Civil Veterinary Dept. North-West Frontier Province 1923-32 - 1923-1932
Year: 1923
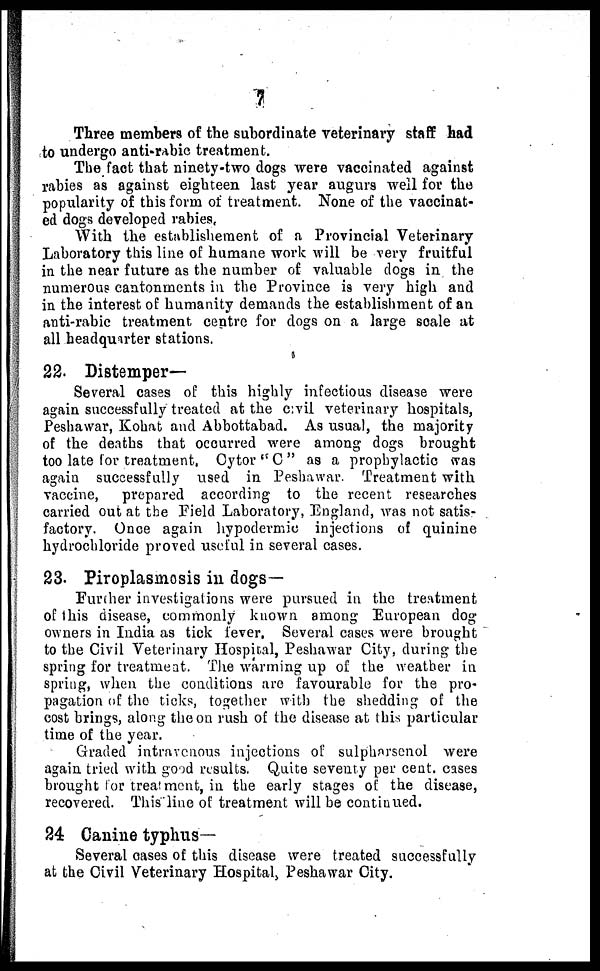
7
Three members of the subordinate veterinary staff had
to undergo anti-rabic treatment.
The fact that ninety-two dogs were vaccinated against
rabies as against eighteen last year augurs well for the
popularity of this form of treatment. None of the vaccinat-
ed dogs developed rabies,
With the establishement of a Provincial Veterinary
Laboratory this line of humane work will be very fruitful
in the near future as the number of valuable dogs in the
numerous cantonments in the Province is very high and
in the interest of humanity demands the establishment of an
anti-rabic treatment centre for dogs on a large scale at
all headquarter stations.
22. Distemper—
Several cases of this highly infectious disease were
again successfully treated at the civil veterinary hospitals,
Peshawar, Kohat and Abbottabad. As usual, the majority
of the deaths that occurred were among dogs brought
too late for treatment, Cytor " C " as a prophylactic was
again successfully used in Peshawar. Treatment with
vaccine, prepared according to the recent researches
carried out at the Field Laboratory, England, was not satis-
factory. Once again hypodermic injections of quinine
hydrochloride proved useful in several cases.
23. Piroplasmosis in dogs—
Further investigations were pursued in the treatment
of this disease, commonly known among European dog
owners in India as tick fever. Several cases were brought
to the Civil Veterinary Hospital, Peshawar City, during the
spring for treatment. The warming up of the weather in
spring, when the conditions are favourable for the pro-
pagation of the ticks, together with the shedding of the
cost brings, along the on rush of the disease at this particular
time of the year.
Graded intravenous injections of sulpharsenol were
again tried with good results. Quite seventy per cent. cases
brought for treatment, in the early stages of the disease,
recovered. This line of treatment will be continued.
24. Canine typhus-
Several cases of this disease were treated successfully
at the Civil Veterinary Hospital, Peshawar City.